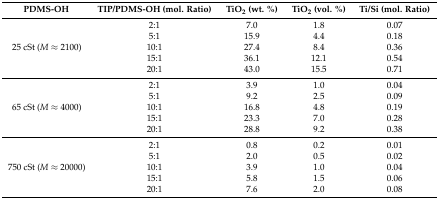
<table><thead><tr><td><b>PDMS-OH</b></td><td><b>TIP/PDMS-OH (mol. Ratio)</b></td><td><b>TiO<sub>2</sub> (wt. %)</b></td><td><b>TiO<sub>2</sub> (vol. %)</b></td><td><b>Ti/Si (mol. Ratio)</b></td></tr></thead><tbody><tr><td rowspan="5">25 cSt (<i>M</i> ≈ 2100)</td><td>2:1</td><td>7.0</td><td>1.8</td><td>0.07</td></tr><tr><td>5:1</td><td>15.9</td><td>4.4</td><td>0.18</td></tr><tr><td>10:1</td><td>27.4</td><td>8.4</td><td>0.36</td></tr><tr><td>15:1</td><td>36.1</td><td>12.1</td><td>0.54</td></tr><tr><td>20:1</td><td>43.0</td><td>15.5</td><td>0.71</td></tr><tr><td rowspan="5">65 cSt (<i>M</i> ≈ 4000)</td><td>2:1</td><td>3.9</td><td>1.0</td><td>0.04</td></tr><tr><td>5:1</td><td>9.2</td><td>2.5</td><td>0.09</td></tr><tr><td>10:1</td><td>16.8</td><td>4.8</td><td>0.19</td></tr><tr><td>15:1</td><td>23.3</td><td>7.0</td><td>0.28</td></tr><tr><td>20:1</td><td>28.8</td><td>9.2</td><td>0.38</td></tr><tr><td rowspan="5">750 cSt (<i>M</i> ≈ 20000)</td><td>2:1</td><td>0.8</td><td>0.2</td><td>0.01</td></tr><tr><td>5:1</td><td>2.0</td><td>0.5</td><td>0.02</td></tr><tr><td>10:1</td><td>3.9</td><td>1.0</td><td>0.04</td></tr><tr><td>15:1</td><td>5.8</td><td>1.5</td><td>0.06</td></tr><tr><td>20:1</td><td>7.6</td><td>2.0</td><td>0.08</td></tr></tbody></table>